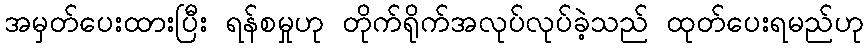
အမှတ်ပေးထားပြီး ရန်စမှုဟု တိုက်ရိုက်အလုပ်လုပ်ခဲ့သည် ထုတ်ပေးရမည်ဟု